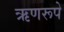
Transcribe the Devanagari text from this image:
ऋणरूपे